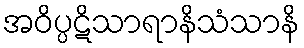
အဝိပ္ပဋိသာရာနိသံသာနိ